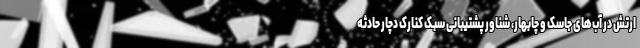
ارتش در آب‌های جاسک و چابهار، شناور پشتیبانی سبک کنارک دچار حادثه